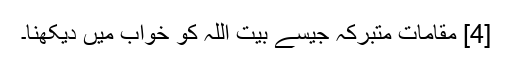
[4] مقاماتِ متبرکہ جیسے بیت اللہ کو خواب میں دیکھنا۔